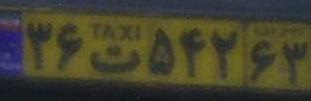
۳۶ت۵۴۲۶۳